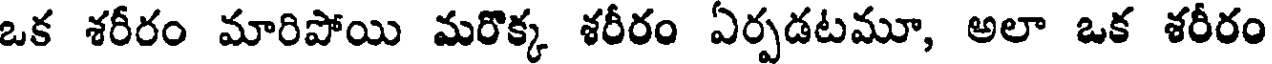
ఒక శరీరం మారిపోయి మరొక్క శరీరం ఏర్పడటమూ, అలా ఒక శరీరం